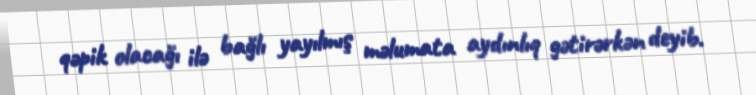
qəpik olacağı ilə bağlı yayılmış məlumata aydınlıq gətirərkən deyib.